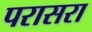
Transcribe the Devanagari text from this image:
परासरा